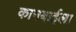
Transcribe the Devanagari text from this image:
कानबाईला